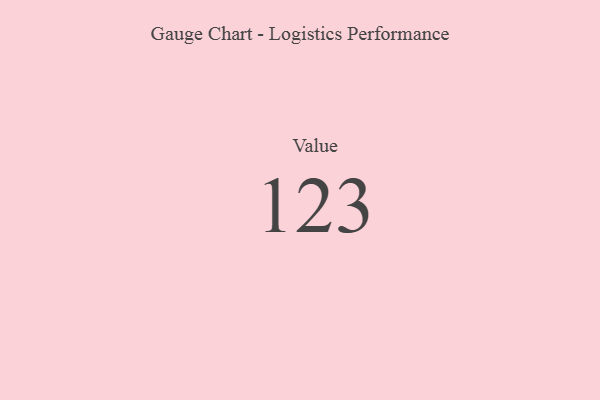
{"axis": {"x": "Metric", "y": "Value"}, "legend": [""], "data": [{"x": "Value", "y": 123, "type": ""}]}